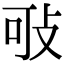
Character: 㪃